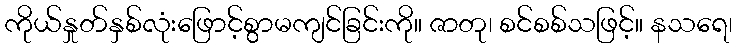
ကိုယ်နှုတ်နှစ်လုံးဖြောင့်စွာမကျင်ခြင်းကို။ ဇာတု၊ စင်စစ်သဖြင့်။ နသရေ၊